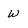
Character: W